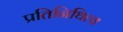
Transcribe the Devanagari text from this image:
प्रतिनिथित्व